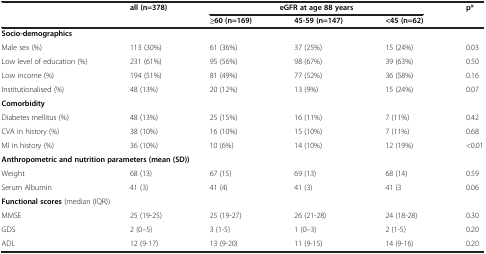
| <ROWSPAN=2>  | <ROWSPAN=2> all (n=378) | <COLSPAN=3> eGFR at age 88 years | <ROWSPAN=2> p* |
 | ≥60 (n=169) | 45-59 (n=147) | <45 (n=62) |
 | --- | --- | --- | --- | --- | --- |
 | <COLSPAN=6> Socio-demographics |
 | Male sex (%) | 113 (30%) | 61 (36%) | 37 (25%) | 15 (24%) | 0.03 |
 | Low level of education (%) | 231 (61%) | 95 (56%) | 98 (67%) | 39 (63%) | 0.50 |
 | Low income (%) | 194 (51%) | 81 (49%) | 77 (52%) | 36 (58%) | 0.16 |
 | Institutionalised (%) | 48 (13%) | 20 (12%) | 13 (9%) | 15 (24%) | 0.07 |
 | <COLSPAN=6> Comorbidity |
 | Diabetes mellitus (%) | 48 (13%) | 25 (15%) | 16 (11%) | 7 (11%) | 0.42 |
 | CVA in history (%) | 38 (10%) | 16 (10%) | 15 (10%) | 7 (11%) | 0.68 |
 | MI in history (%) | 36 (10%) | 10 (6%) | 14 (10%) | 12 (19%) | <0.01 |
 | <COLSPAN=6> Anthropometric and nutrition parameters (mean (SD)) |
 | Weight | 68 (13) | 67 (15) | 69 (13) | 68 (14) | 0.59 |
 | Serum Albumin | 41 (3) | 41 (4) | 41 (3) | 41 (3 | 0.06 |
 | <COLSPAN=6> Functional scores (median (IQR)) |
 | MMSE | 25 (19-25) | 25 (19-27) | 26 (21-28) | 24 (18-28) | 0.30 |
 | GDS | 2 (0–5) | 3 (1-5) | 1 (0–3) | 2 (1-5) | 0.20 |
 | ADL | 12 (9-17) | 13 (9-20) | 11 (9-15) | 14 (9-16) | 0.20 |